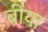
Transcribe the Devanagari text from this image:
ब्रीया